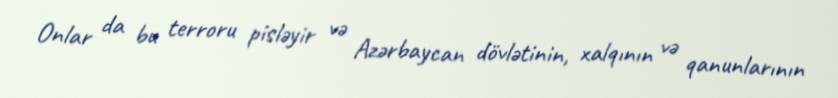
Onlar da bu terroru pisləyir və Azərbaycan dövlətinin, xalqının və qanunlarının